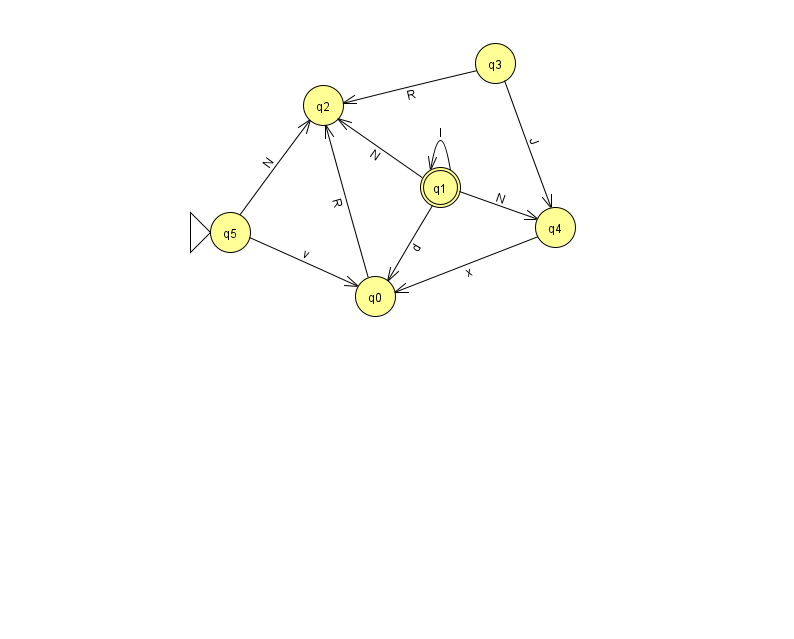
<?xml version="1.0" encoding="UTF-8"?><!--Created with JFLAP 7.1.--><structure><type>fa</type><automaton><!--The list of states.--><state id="0" name="q0"><x>375.0</x><y>283.0</y></state><state id="1" name="q1"><x>440.0</x><y>174.0</y><final/></state><state id="2" name="q2"><x>323.0</x><y>92.0</y></state><state id="3" name="q3"><x>495.0</x><y>50.0</y></state><state id="4" name="q4"><x>555.0</x><y>214.0</y></state><state id="5" name="q5"><x>230.0</x><y>219.0</y><initial/></state><!--The list of transitions.--><transition><from>0</from><to>2</to><read>R</read></transition><transition><from>5</from><to>2</to><read>N</read></transition><transition><from>1</from><to>2</to><read>N</read></transition><transition><from>1</from><to>4</to><read>N</read></transition><transition><from>3</from><to>4</to><read>J</read></transition><transition><from>1</from><to>1</to><read>I</read></transition><transition><from>1</from><to>0</to><read>d</read></transition><transition><from>3</from><to>2</to><read>R</read></transition><transition><from>5</from><to>0</to><read>v</read></transition><transition><from>4</from><to>0</to><read>x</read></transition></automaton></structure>